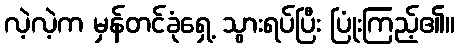
လဲ့လဲ့က မှန်တင်ခုံရှေ့ သွားရပ်ပြီး ပြုံးကြည့်၏။